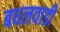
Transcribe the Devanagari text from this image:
बधलवाडी